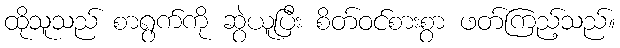
ထိုသူသည် စာရွက်ကို ဆွဲယူပြီး စိတ်ဝင်စားစွာ ဖတ်ကြည့်သည်။